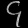
Digit: ၄